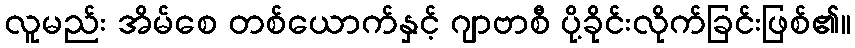
လူမည်း အိမ်စေ တစ်ယောက်နှင့် ဂျာဗာစီ ပို့ခိုင်းလိုက်ခြင်းဖြစ်၏။